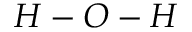
H - O - H